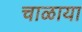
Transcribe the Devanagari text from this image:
चाळाया